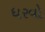
ધરવો